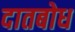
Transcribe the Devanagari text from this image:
दातबोध